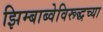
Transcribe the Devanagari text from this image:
झिम्बाब्वेविरूद्धच्या